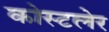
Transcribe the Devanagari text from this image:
कोस्टलेर